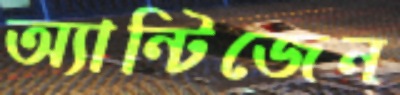
অ্যান্টিজেন